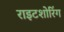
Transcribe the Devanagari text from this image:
राइटशोरिंग